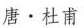
唐\cdot 杜甫